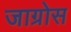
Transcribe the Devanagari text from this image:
जाग्रोस